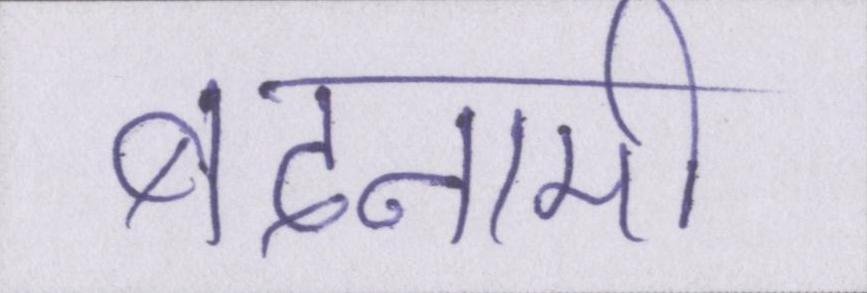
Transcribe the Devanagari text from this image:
बदनामी